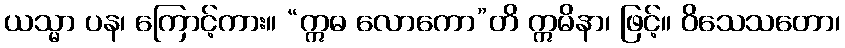
ယသ္မာ ပန၊ ကြောင့်ကား။ “ဣဓ လောကော”တိ ဣမိနာ၊ ဖြင့်။ ဝိသေသတော၊